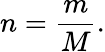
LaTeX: n={\frac{m}{M}}.